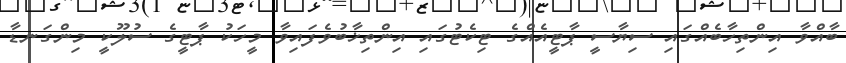
ބާއްވާ އިންތިހާބެއްގައި ސިޔާސީ ޕާޓީއެއްގެ ޓިކެޓުގައި އިންތިޚާބުވެފައިވާ މީހަކު ޕާޓީގެ ސުލޫކީ މިންގަނޑާ